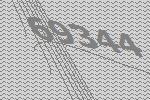
69344